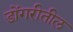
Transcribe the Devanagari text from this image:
डोंगरीतील